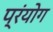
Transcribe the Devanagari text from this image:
प्रंयोग